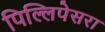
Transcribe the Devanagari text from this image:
पिल्लिपेसरा